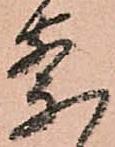
察